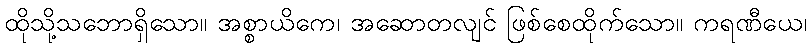
ထိုသို့သဘောရှိသော။ အစ္စာယိကေ၊ အဆောတလျင် ဖြစ်စေထိုက်သော။ ကရဏီယေ၊